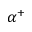
\alpha ^ { + }